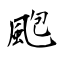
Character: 颮